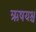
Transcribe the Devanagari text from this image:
ऋषयश्च